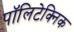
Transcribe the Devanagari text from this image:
पॉलिटेक्‍निक